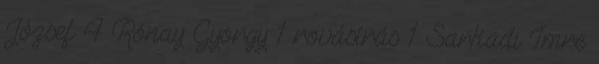
József 4 Rónay György 1 rovásírás 1 Sarkadi Imre